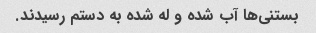
بستنی‌ها آب شده و له شده به دستم رسیدند.